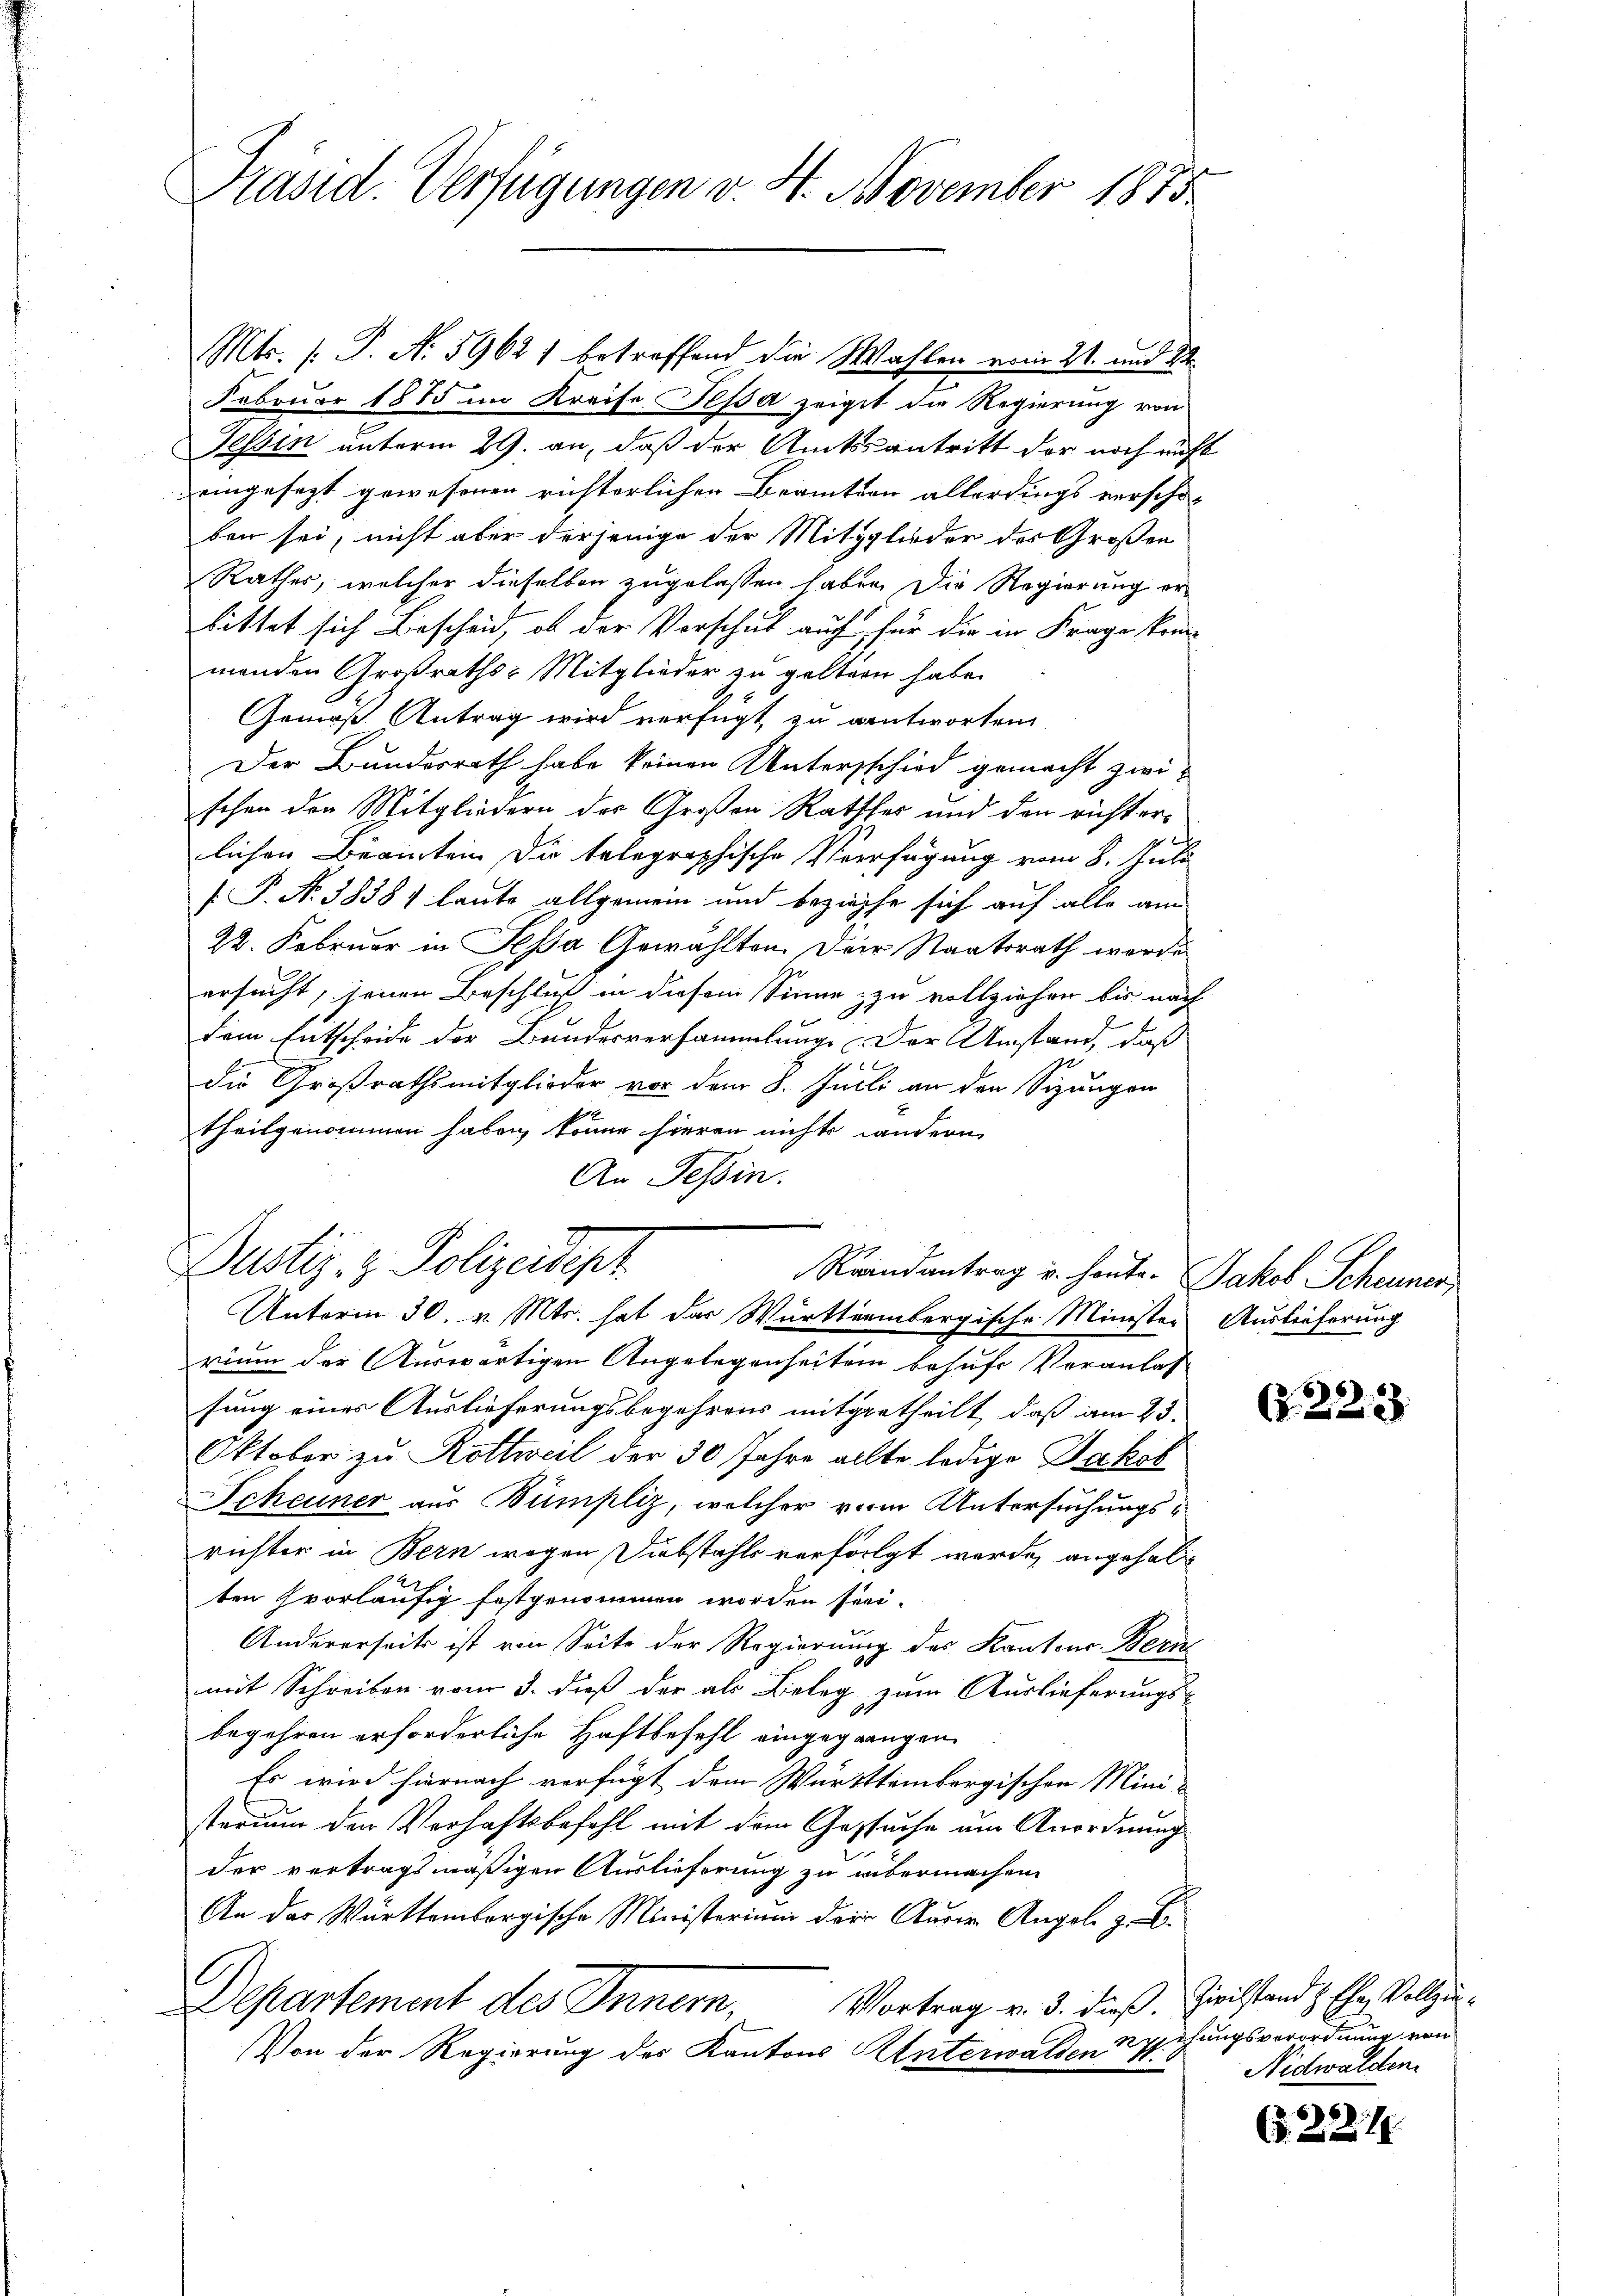
Präsid. Verfügungen v. 4. November 1875.

Mts. (: P. N. 59621 betreffend die Wahlen vom 21. und 24.
Februar 1885 im Kreise Pessa zeiget die Regierung von
Tessin unterm 29. an, daß der Amtssantritt der noch nicht
eingesetzt gewesenen richterlichen Braution allerdings verschon
ben sei, nicht aber derjenige der Mitglieder des Großen
Rathes, welcher dieselben zugelassen haben. Die Regierung erbittet sich Bescheid, ob der Vorschuk auch für die in Frage kom
menden Großraths-Mitglieder zu geltern habe.
Gemäß Antrag wird verfügt zu antworten
Der Bundesrath habe keinen Unterschied gemacht zwischen den Mitgliedern des Großen Rathser und den richterlichen Beamtein die telegraphische Verfügung vom 8. Juli
 P. Nr. 38387 laute allgemein und beziehe sich auf alle am
22. Februar in Pesa Gewählten. Der Staatsrath werde
ersucht, seinen Beschluß in diesem Sinne zu vollziehen bis nach
dem Entscheide der Bundesversammlung der Umstand, daß
 2 x
die Großrathsmitglieder vor dem 8. Julli an den Sizungen
theilgenommen haben, könne hieran nichts andern
An Tessin.
Dustiz- & Polizeidept
Reandantrag u. honte. Jakob Scheuner,
Unterm 30. v. Mts. hat das Württembergische Minister Auslieferung
rium der Auswärtigen Angelegenheiten behufs Veranlas
fung eines Auslieferungsbegehrens mitgetheilt, daß am 23.
Oktober zu Rottweil der 30 Jahre allte ledige Jakob
Scheuner aus Bümpliz, welcher von Untersuchungsrichter in Bern wegen Diebstahls verfolgt werde, angehalten vorläufig festgenommen worden frei-
Andererseits ist von Seite der Regierung des Kantons-Bern
mit Schreiben vom 3. dieß der als Beleg zum Auslieferungs-
begehren erforderliche Haftbefehl eingegangen.
Es wird hiernach verfügt dem Württembergischen Mini-
sterium den Verhaftsbefehl mit dem Gesuche um Anordnung
der vertragsmäßigen Auslieferung zu übermachen.
An der Württembergische Ministerium der Aurer Angel. z. B.
.
Departement des Innern, Vortrag v. 3. dieß. Zivilstand & Ehe Vollzu¬
Von der Regierung des Kantons Unterwalden Upsehungsverordnung von

e

223

Nidwalden.

(§. 224.